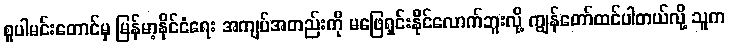
စူပါမင်းတောင်မှ မြန်မာ့နိုင်ငံရေး အကျပ်အတည်းကို မဖြေရှင်းနိုင်လောက်ဘူးလို့ ကျွန်တော်ထင်ပါတယ်လို့ သူက